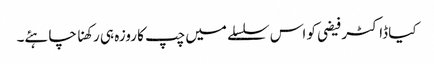
کیا ڈاکٹر فیضی کو اس سلسلے میں چپ کا روزہ ہی رکھنا چاہئے۔